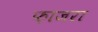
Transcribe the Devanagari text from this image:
फ़ाजरा